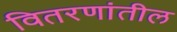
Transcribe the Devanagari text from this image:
वितरणांतील